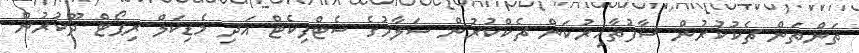
ތަންތަން ޗެކުކުރުން ސާފުތާހިރުކަން ޗެކްކުރުން ސަލާމުގެ ސެޓްފިކެޓް އަދި މެޑިކަލް ރިޕޯޓް ދޫކުރުން